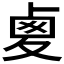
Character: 𠧾